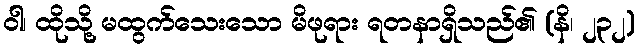
ဝါ၊ ထိုသို့ မထွက်သေးသော မိဖုရား ရတနာရှိသည်၏ (နိ၊ ၂၃၂)